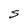
Character: S